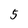
Character: 5